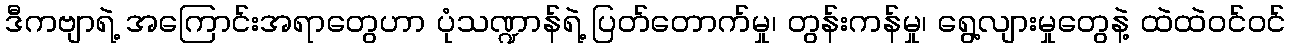
ဒီကဗျာရဲ့ အကြောင်းအရာတွေဟာ ပုံသဏ္ဍာန်ရဲ့ ပြတ်တောက်မှု၊ တွန်းကန်မှု၊ ရွေ့လျားမှုတွေနဲ့ ထဲထဲဝင်ဝင်